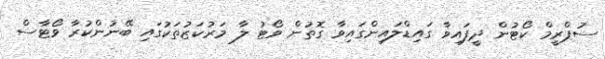
ސުޕްރީމް ކޯޓުން ދީފައިވާ ގައިޑްލައިންގައިވާ ގޮތުން ވޯޓު ލާ މަރުކަޒުތަކުގައި ބޭނުންކުރާ ވޯޓާސް